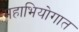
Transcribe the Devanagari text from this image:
महाभियोगात